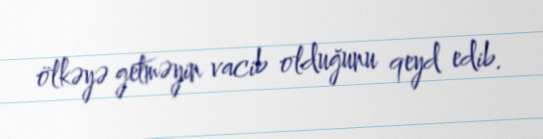
ölkəyə getməyin vacib olduğunu qeyd edib.